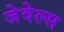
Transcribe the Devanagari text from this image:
जेवेल्स